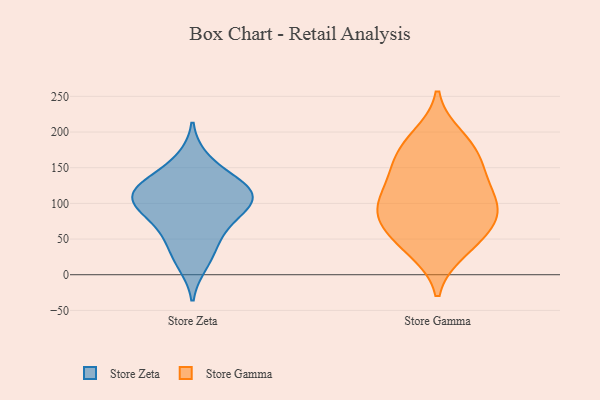
{"axis": {"x": "Churn Rate (%)", "y": "Value"}, "legend": ["Store Gamma", "Store Zeta"], "data": [{"x": "", "y": 93, "type": "Store Zeta"}, {"x": "", "y": 15, "type": "Store Zeta"}, {"x": "", "y": 71, "type": "Store Zeta"}, {"x": "", "y": 128, "type": "Store Zeta"}, {"x": "", "y": 99, "type": "Store Zeta"}, {"x": "", "y": 132, "type": "Store Zeta"}, {"x": "", "y": 97, "type": "Store Zeta"}, {"x": "", "y": 109, "type": "Store Zeta"}, {"x": "", "y": 120, "type": "Store Zeta"}, {"x": "", "y": 58, "type": "Store Zeta"}, {"x": "", "y": 115, "type": "Store Zeta"}, {"x": "", "y": 162, "type": "Store Zeta"}, {"x": "", "y": 35, "type": "Store Zeta"}, {"x": "", "y": 88, "type": "Store Gamma"}, {"x": "", "y": 41, "type": "Store Gamma"}, {"x": "", "y": 92, "type": "Store Gamma"}, {"x": "", "y": 57, "type": "Store Gamma"}, {"x": "", "y": 77, "type": "Store Gamma"}, {"x": "", "y": 173, "type": "Store Gamma"}, {"x": "", "y": 139, "type": "Store Gamma"}, {"x": "", "y": 104, "type": "Store Gamma"}, {"x": "", "y": 125, "type": "Store Gamma"}, {"x": "", "y": 147, "type": "Store Gamma"}, {"x": "", "y": 34, "type": "Store Gamma"}, {"x": "", "y": 193, "type": "Store Gamma"}, {"x": "", "y": 86, "type": "Store Gamma"}, {"x": "", "y": 178, "type": "Store Gamma"}]}